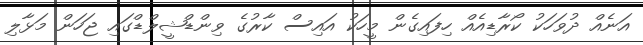
އަނެއް ދުވަހަކު ކޯރާޑިއެއް ހިފައިގެން މީހަކު އައިސް ކާރުގެ ވިންޑްޝީލްޑްގައި ޖަހަން މަޅާލި